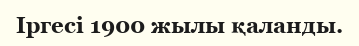
Іргесі 1900 жылы қаланды.